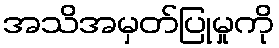
အသိအမှတ်ပြုမှုကို